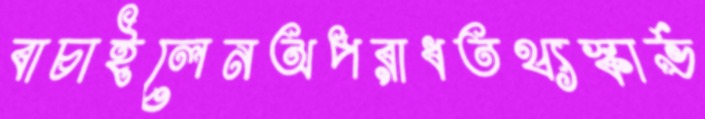
বাচাইলেনঅপরাধতথ্যস্কার্ভ